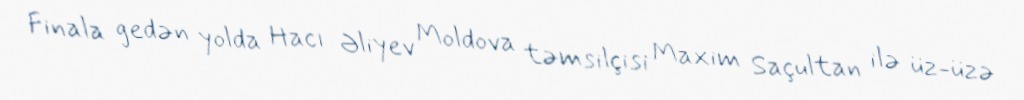
Finala gedən yolda Hacı Əliyev Moldova təmsilçisi Maxim Saçultan ilə üz-üzə